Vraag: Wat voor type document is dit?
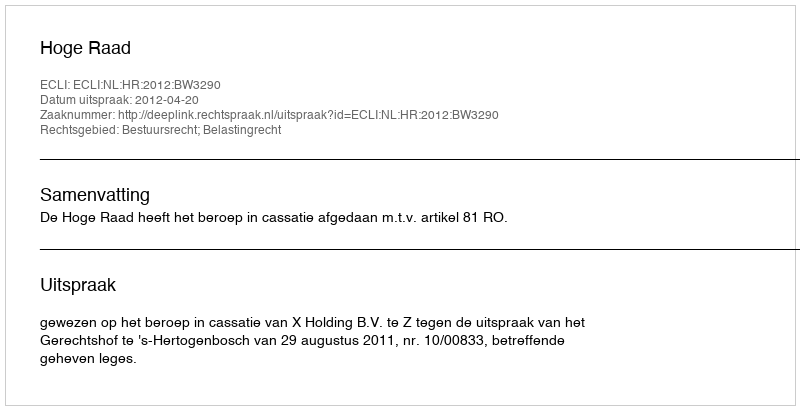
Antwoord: Uitspraak